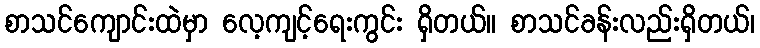
စာသင်ကျောင်းထဲမှာ လေ့ကျင့်ရေးကွင်း ရှိတယ်။ စာသင်ခန်းလည်းရှိတယ်၊